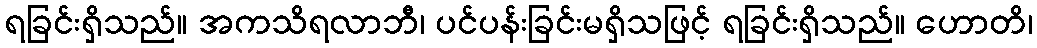
ရခြင်းရှိသည်။ အကသိရလာဘီ၊ ပင်ပန်းခြင်းမရှိသဖြင့် ရခြင်းရှိသည်။ ဟောတိ၊